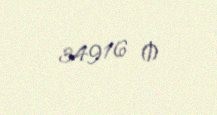
34916 ₼